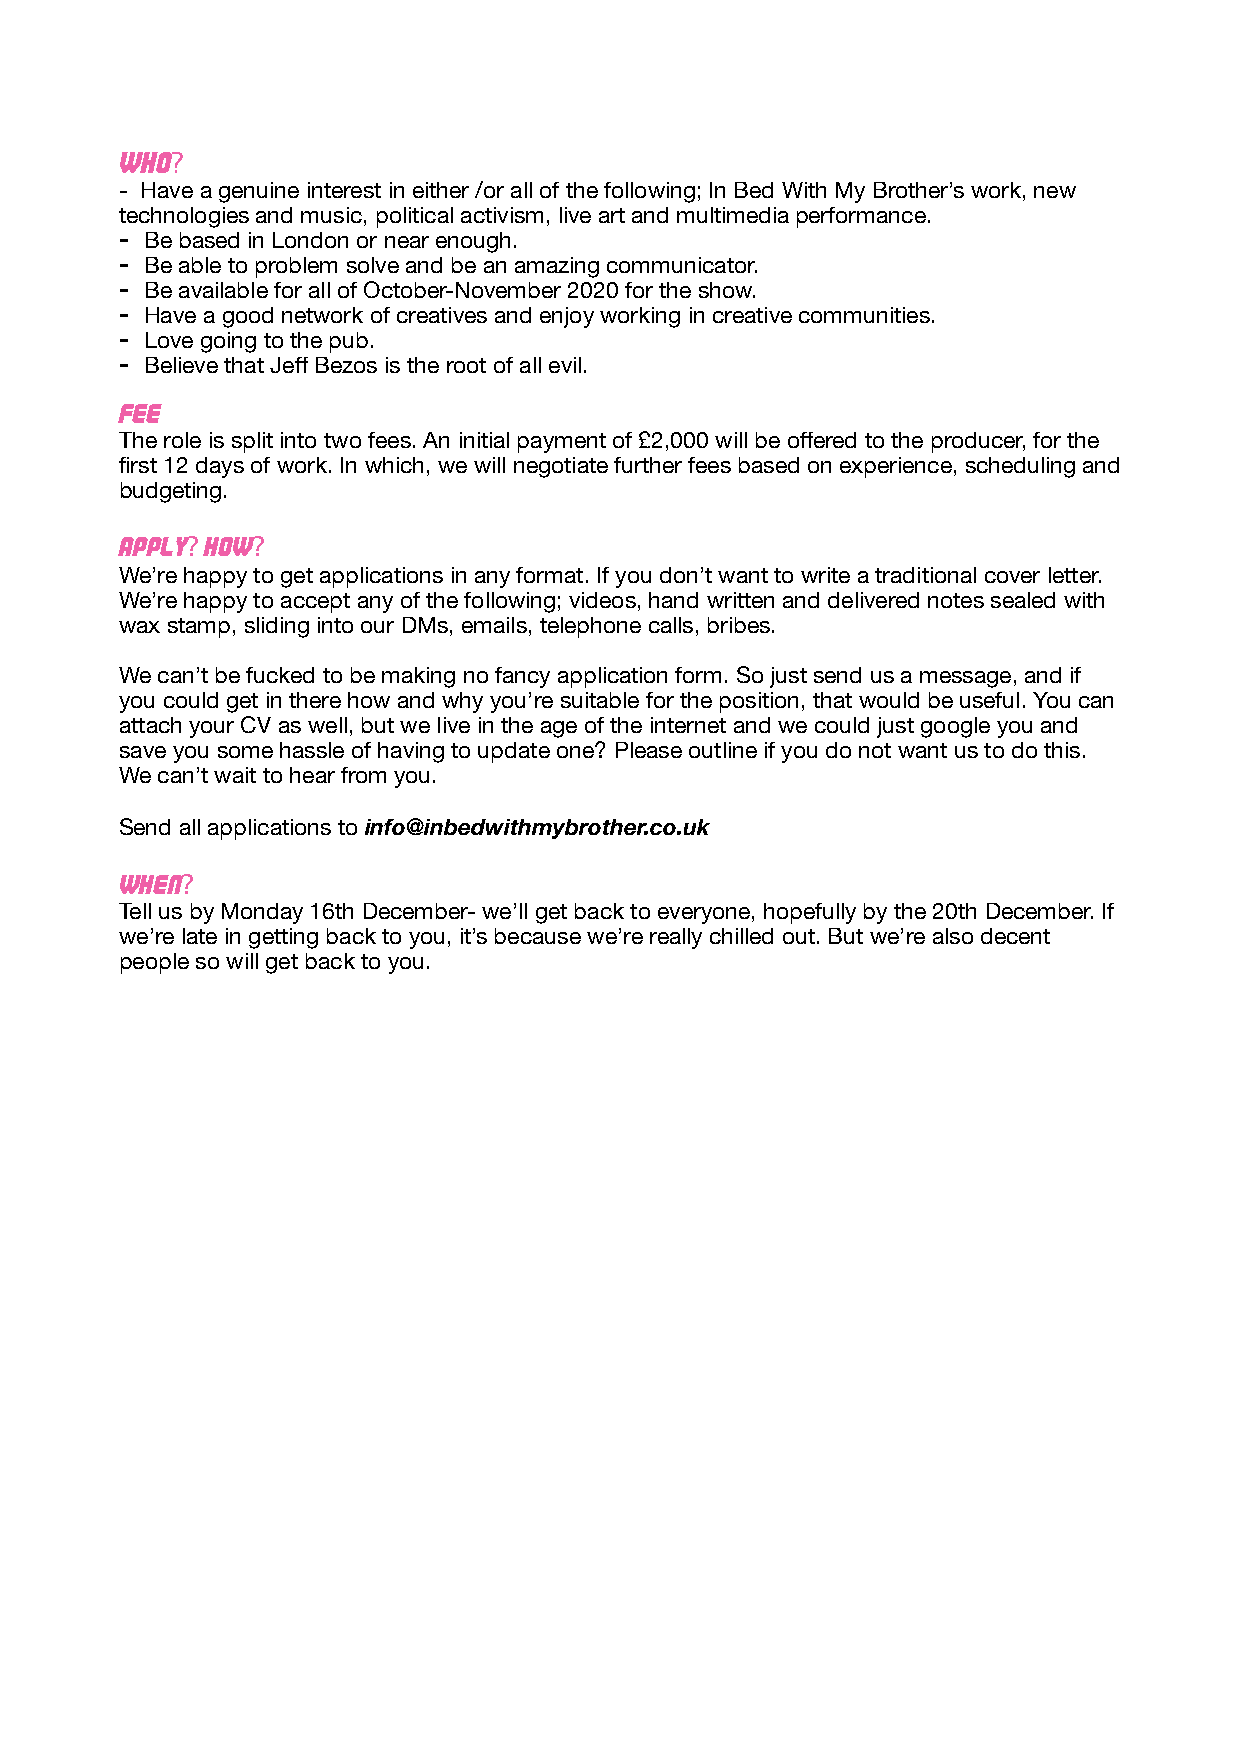
Who?
 - Have a genuine interest in either /or all of the following; In Bed With My Brother’s work, new
 technologies and music, political activism, live art and multimedia performance.
 - Be based in London or near enough.
 - Be able to problem solve and be an amazing communicator.
 - Be available for all of October-November 2020 for the show.
 - Have a good network of creatives and enjoy working in creative communities.
 - Love going to the pub.
 - Believe that Jeff Bezos is the root of all evil.
 Fee
 The role is split into two fees. An initial payment of £2,000 will be offered to the producer, for the
 first 12 days of work. In which, we will negotiate further fees based on experience, scheduling and
 budgeting.
 Apply? HOW?
 We’re happy to get applications in any format. If you don’t want to write a traditional cover letter.
 We’re happy to accept any of the following; videos, hand written and delivered notes sealed with
 wax stamp, sliding into our DMs, emails, telephone calls, bribes.
 We can’t be fucked to be making no fancy application form. So just send us a message, and if
 you could get in there how and why you’re suitable for the position, that would be useful. You can
 attach your CV as well, but we live in the age of the internet and we could just google you and
 save you some hassle of having to update one? Please outline if you do not want us to do this.
 We can’t wait to hear from you.
 Send all applications to info@inbedwithmybrother.co.uk
 When?
 Tell us by Monday 16th December- we’ll get back to everyone, hopefully by the 20th December. If
 we’re late in getting back to you, it’s because we’re really chilled out. But we’re also decent
 people so will get back to you.